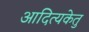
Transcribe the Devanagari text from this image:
आदित्यकेतु